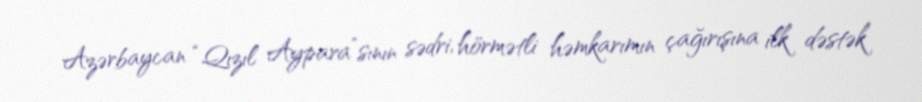
Azərbaycan “Qızıl Aypara”sının sədri, hörmətli həmkarımın çağırışına ilk dəstək